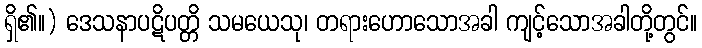
ရှိ၏။) ဒေသနာပဋိပတ္တိ သမယေသု၊ တရားဟောသောအခါ ကျင့်သောအခါတို့တွင်။